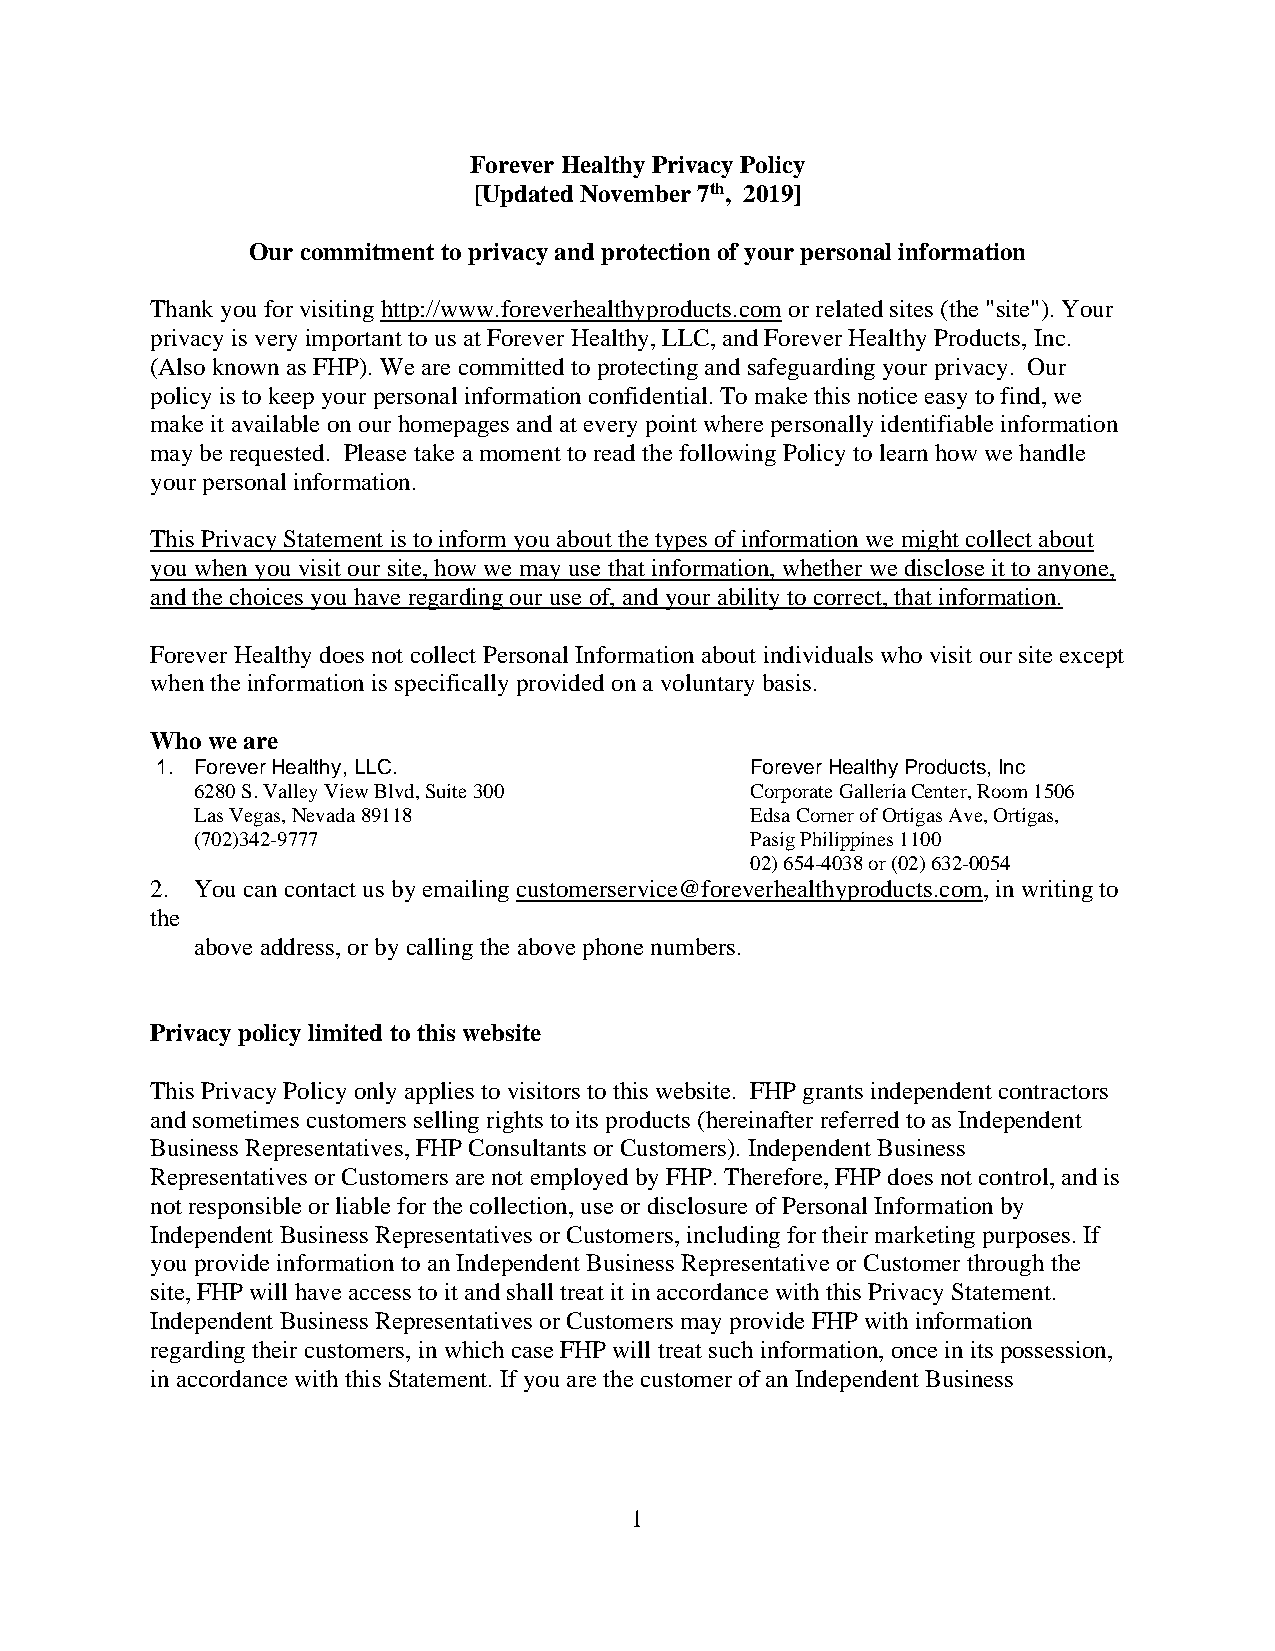
Forever Healthy Privacy Policy
 [Updated November 7th, 2019]
 Our commitment to privacy and protection of your personal information
 Thank you for visiting http://www.foreverhealthyproducts.com or related sites (the "site"). Your
 privacy is very important to us at Forever Healthy, LLC, and Forever Healthy Products, Inc.
 (Also known as FHP). We are committed to protecting and safeguarding your privacy. Our
 policy is to keep your personal information confidential. To make this notice easy to find, we
 make it available on our homepages and at every point where personally identifiable information
 may be requested. Please take a moment to read the following Policy to learn how we handle
 your personal information.
 This Privacy Statement is to inform you about the types of information we might collect about
 you when you visit our site, how we may use that information, whether we disclose it to anyone,
 and the choices you have regarding our use of, and your ability to correct, that information.
 Forever Healthy does not collect Personal Information about individuals who visit our site except
 when the information is specifically provided on a voluntary basis.
 Who we are
 1. Forever Healthy, LLC.                Forever Healthy Products, Inc
 6280 S. Valley View Blvd, Suite 300  Corporate Galleria Center, Room 1506
 Las Vegas, Nevada 89118              Edsa Corner of Ortigas Ave, Ortigas,
 (702)342-9777                        Pasig Philippines 1100
 02) 654-4038 or (02) 632-0054
 2. You can contact us by emailing customerservice@foreverhealthyproducts.com, in writing to
 the
 above address, or by calling the above phone numbers.
 Privacy policy limited to this website
 This Privacy Policy only applies to visitors to this website. FHP grants independent contractors
 and sometimes customers selling rights to its products (hereinafter referred to as Independent
 Business Representatives, FHP Consultants or Customers). Independent Business
 Representatives or Customers are not employed by FHP. Therefore, FHP does not control, and is
 not responsible or liable for the collection, use or disclosure of Personal Information by
 Independent Business Representatives or Customers, including for their marketing purposes. If
 you provide information to an Independent Business Representative or Customer through the
 site, FHP will have access to it and shall treat it in accordance with this Privacy Statement.
 Independent Business Representatives or Customers may provide FHP with information
 regarding their customers, in which case FHP will treat such information, once in its possession,
 in accordance with this Statement. If you are the customer of an Independent Business
 1